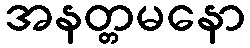
အနတ္တမနော